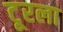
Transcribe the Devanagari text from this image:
टूरला